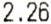
2.26